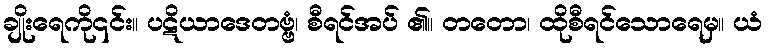
ချိုးရေကို၎င်း။ ပဋိယာဒေတဗ္ဗံ၊ စီရင်အပ် ၏။ တတော၊ ထိုစီရင်သောရေမှ။ ယံ